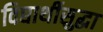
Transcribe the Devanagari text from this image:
विद्यार्थीसुद्धा